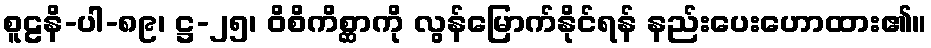
စူဠနိ-ပါ-၈၉၊ ဋ္ဌ-၂၅၊ ဝိစိကိစ္ဆာကို လွန်မြောက်နိုင်ရန် နည်းပေးဟောထား၏။